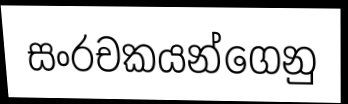
සංරචකයන්ගෙනු